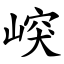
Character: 㟮